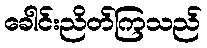
ခေါင်းညိတ်ကြသည်